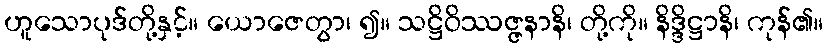
ဟူသောပုဒ်တို့နှင့်။ ယောဇေတွာ၊ ၍။ သဋ္ဌိဝိဿဇ္ဇနာနိ၊ တို့ကို။ နိဒ္ဒိဋ္ဌာနိ၊ ကုန်၏။